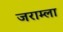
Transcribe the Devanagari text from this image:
जराम्ला